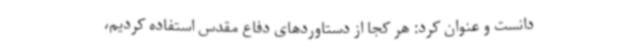
دانست و عنوان کرد: هر کجا از دستاوردهای دفاع مقدس استفاده کردیم،